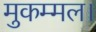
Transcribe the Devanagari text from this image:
मुकम्मल।